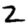
Digit: 2